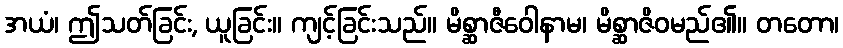
အယံ၊ ဤသတ်ခြင်း, ယူခြင်း။ ကျင့်ခြင်းသည်။ မိစ္ဆာဇီဝေါနာမ၊ မိစ္ဆာဇိဝမည်၏။ တတော၊